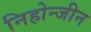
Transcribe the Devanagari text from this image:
निहोन्जीन